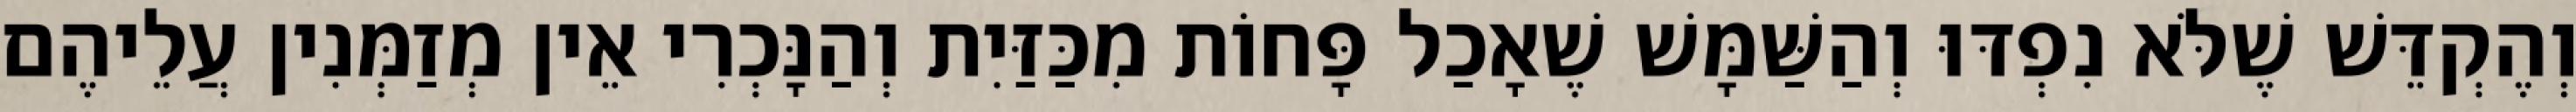
וְהֶקְדֵּשׁ שֶׁלֹּא נִפְדּוּ וְהַשַּׁמָּשׁ שֶׁאָכַל פָּחוֹת מִכַּזַּיִת וְהַנָּכְרִי אֵין מְזַמְּנִין עֲלֵיהֶם